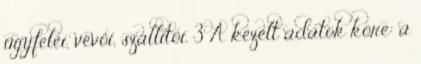
ügyfelei, vevői, szállítói. 3 A kezelt adatok köre: a